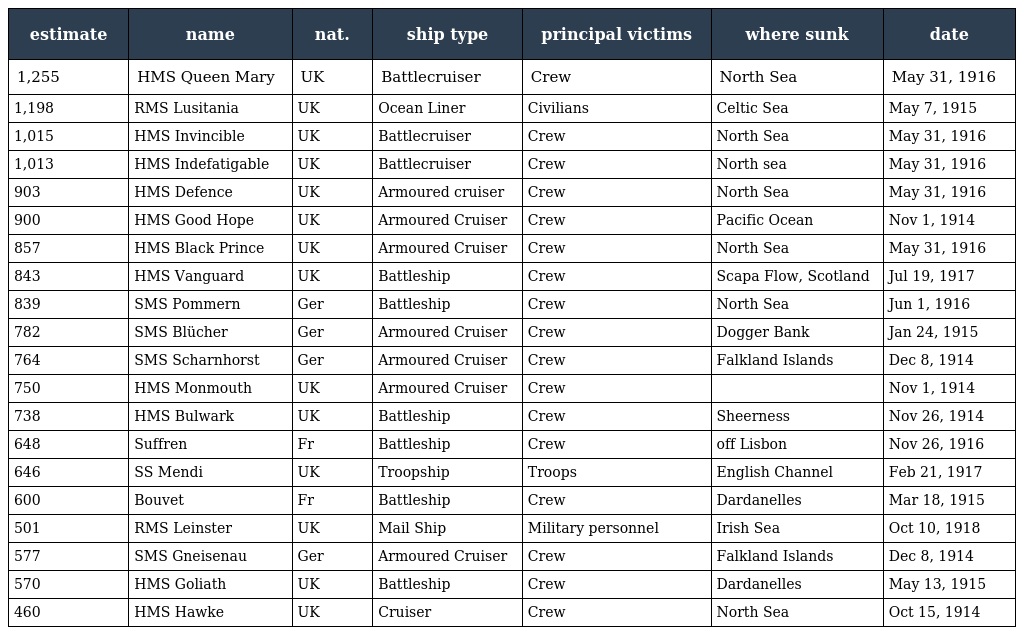
| estimate | name | nat. | ship type | principal victims | where sunk | date |
 | --- | --- | --- | --- | --- | --- | --- |
 | 1,255 | HMS Queen Mary | UK | Battlecruiser | Crew | North Sea | May 31, 1916 |
 | 1,198 | RMS Lusitania | UK | Ocean Liner | Civilians | Celtic Sea | May 7, 1915 |
 | 1,015 | HMS Invincible | UK | Battlecruiser | Crew | North Sea | May 31, 1916 |
 | 1,013 | HMS Indefatigable | UK | Battlecruiser | Crew | North sea | May 31, 1916 |
 | 903 | HMS Defence | UK | Armoured cruiser | Crew | North Sea | May 31, 1916 |
 | 900 | HMS Good Hope | UK | Armoured Cruiser | Crew | Pacific Ocean | Nov 1, 1914 |
 | 857 | HMS Black Prince | UK | Armoured Cruiser | Crew | North Sea | May 31, 1916 |
 | 843 | HMS Vanguard | UK | Battleship | Crew | Scapa Flow, Scotland | Jul 19, 1917 |
 | 839 | SMS Pommern | Ger | Battleship | Crew | North Sea | Jun 1, 1916 |
 | 782 | SMS Blücher | Ger | Armoured Cruiser | Crew | Dogger Bank | Jan 24, 1915 |
 | 764 | SMS Scharnhorst | Ger | Armoured Cruiser | Crew | Falkland Islands | Dec 8, 1914 |
 | 750 | HMS Monmouth | UK | Armoured Cruiser | Crew |  | Nov 1, 1914 |
 | 738 | HMS Bulwark | UK | Battleship | Crew | Sheerness | Nov 26, 1914 |
 | 648 | Suffren | Fr | Battleship | Crew | off Lisbon | Nov 26, 1916 |
 | 646 | SS Mendi | UK | Troopship | Troops | English Channel | Feb 21, 1917 |
 | 600 | Bouvet | Fr | Battleship | Crew | Dardanelles | Mar 18, 1915 |
 | 501 | RMS Leinster | UK | Mail Ship | Military personnel | Irish Sea | Oct 10, 1918 |
 | 577 | SMS Gneisenau | Ger | Armoured Cruiser | Crew | Falkland Islands | Dec 8, 1914 |
 | 570 | HMS Goliath | UK | Battleship | Crew | Dardanelles | May 13, 1915 |
 | 460 | HMS Hawke | UK | Cruiser | Crew | North Sea | Oct 15, 1914 |